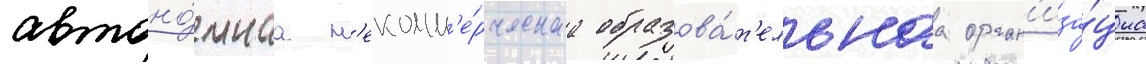
автоно́мнаа н'екомм'е́рческаа образова́т'ельнаа орган'иза́циа